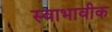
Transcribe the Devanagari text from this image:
स्वाभावीक